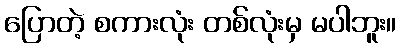
ပြောတဲ့ စကားလုံး တစ်လုံးမှ မပါဘူး။